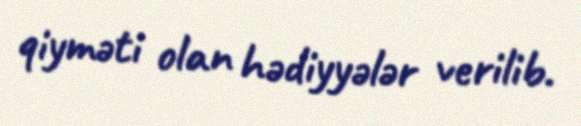
qiyməti olan hədiyyələr verilib.